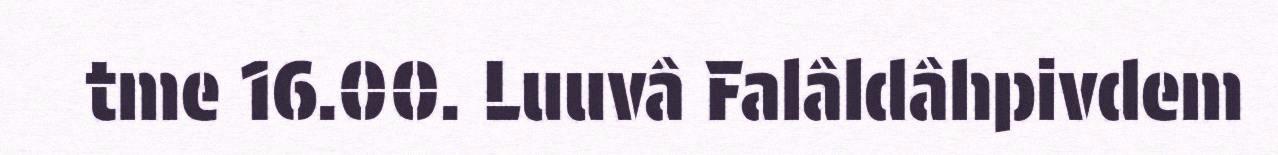
tme 16.00. Luuvâ Falâldâhpivdem